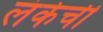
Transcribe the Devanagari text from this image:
लंकेची